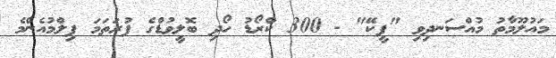
މައުލޫމާތު މުއްސަނދިވި "ޕީކޭ" - 300 ކްރޯޑު ހޯދި ބޮލީވުޑްގެ ފުރަތަމަ ފިލްމުއެންމެ